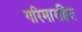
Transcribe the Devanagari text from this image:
गरिमारहित